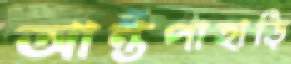
আন্তপাহাড়ি